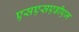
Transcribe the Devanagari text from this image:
एसएसएडीएम